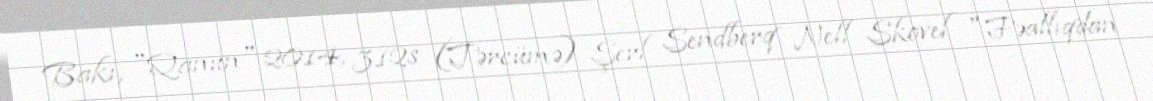
Bakı, "Qanun" 2014, 312s (Tərcümə) Şerl Sendberq Nell Skovel "Fəallıqdan